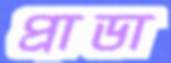
প্রাডা